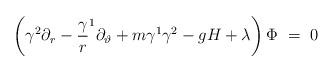
LaTeX: \begin{align*}\left( \gamma ^2\partial _r-{\frac \gamma r}^1\partial_\vartheta +m\gamma ^1\gamma ^2-gH+\lambda \right) \Phi ~=~0\end{align*}